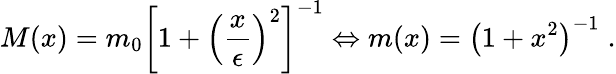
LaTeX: M(x)=m_{0}{\left[1+{\left(\frac{x}{\epsilon}\right)}^{2}\right]}^{-1}\Leftrightarrow m(x)={\left(1+x^{2}\right)}^{-1}\; .